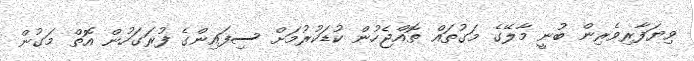
ވިޔަފާރިވެރިން ބުނީ މާލޭގެ މަގުތައް ތޮއްޖެހުން ކުޑަކުރުމަށް ސިފައިންގެ ފުރަގަހުން އޮތް މަގުން